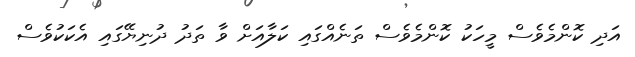
އަދި ކޮންމެވެސް މީހަކު ކޮންމެވެސް ތަނެއްގައި ކަލާއަށް ވާ ތަދު ދުނިޔޭގައި އެކަކުވެސް